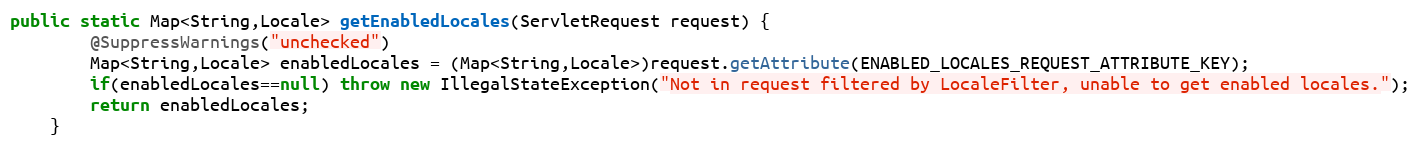
Language: Java
public static Map<String,Locale> getEnabledLocales(ServletRequest request) {
		@SuppressWarnings("unchecked")
		Map<String,Locale> enabledLocales = (Map<String,Locale>)request.getAttribute(ENABLED_LOCALES_REQUEST_ATTRIBUTE_KEY);
		if(enabledLocales==null) throw new IllegalStateException("Not in request filtered by LocaleFilter, unable to get enabled locales.");
		return enabledLocales;
	}